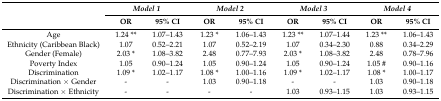
<table><thead><tr><td rowspan="2"></td><td colspan="2"><b><i>Model 1</i></b></td><td colspan="2"><b><i>Model 2</i></b></td><td colspan="2"><b><i>Model 3</i></b></td><td colspan="2"><b><i>Model 4</i></b></td></tr><tr><td><b>OR</b></td><td><b>95% CI</b></td><td><b>OR</b></td><td><b>95% CI</b></td><td><b>OR</b></td><td><b>95% CI</b></td><td><b>OR</b></td><td><b>95% CI</b></td></tr></thead><tbody><tr><td>Age</td><td>1.24 **</td><td>1.07–1.43</td><td>1.23 *</td><td>1.06–1.43</td><td>1.23 **</td><td>1.07–1.44</td><td>1.23 **</td><td>1.06–1.43</td></tr><tr><td>Ethnicity (Caribbean Black)</td><td>1.07</td><td>0.52–2.21</td><td>1.07</td><td>0.52–2.19</td><td>1.07</td><td>0.34–2.30</td><td>0.88</td><td>0.34–2.29</td></tr><tr><td>Gender (Female)</td><td>2.03 *</td><td>1.08–3.82</td><td>2.48</td><td>0.77–7.93</td><td>2.03 *</td><td>1.08–3.82</td><td>2.48</td><td>0.78–7.96</td></tr><tr><td>Poverty Index</td><td>1.05</td><td>0.90–1.24</td><td>1.05</td><td>0.90–1.24</td><td>1.05</td><td>0.90–1.24</td><td>1.05 #</td><td>0.90–1.16</td></tr><tr><td>Discrimination</td><td>1.09 *</td><td>1.02–1.17</td><td>1.08 *</td><td>1.00–1.16</td><td>1.09 *</td><td>1.02–1.17</td><td>1.08 *</td><td>1.00–1.17</td></tr><tr><td>Discrimination × Gender</td><td>-</td><td>-</td><td>1.03</td><td>0.90–1.18</td><td>-</td><td>-</td><td>1.03</td><td>0.90–1.18</td></tr><tr><td>Discrimination × Ethnicity</td><td>-</td><td>-</td><td>-</td><td>-</td><td>1.03</td><td>0.93–1.15</td><td>1.03</td><td>0.93–1.15</td></tr></tbody></table>